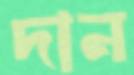
দান